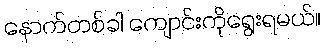
နောက်တစ်ခါ ကျောင်းကိုရွေးရမယ်။